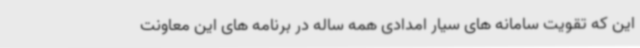
این که تقویت سامانه های سیار امدادی همه ساله در برنامه های این معاونت